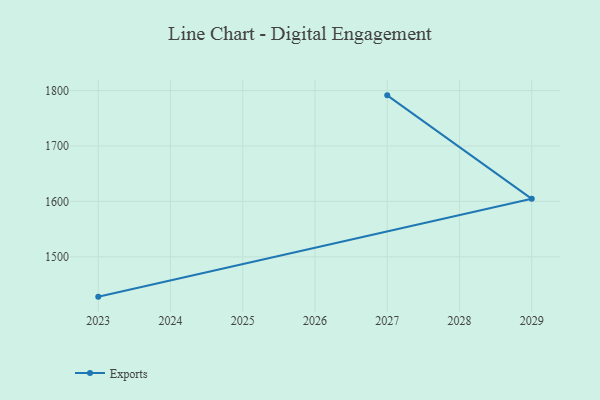
{"axis": {"x": "Year", "y": "Temperature (°C)"}, "legend": ["Exports"], "data": [{"x": "2027", "y": 1791.3, "type": "Exports"}, {"x": "2029", "y": 1604.7, "type": "Exports"}, {"x": "2023", "y": 1428.3, "type": "Exports"}]}